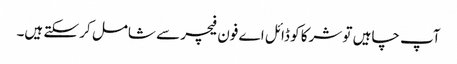
آپ چاہیں تو شرکا کو ڈائل ا ے فون فیچر سے شامل کر سکتے ہیں۔